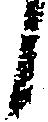
候